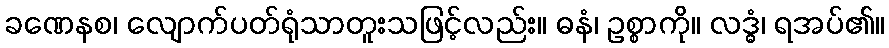
ခဏေနစ၊ လျောက်ပတ်ရုံသာတူးသဖြင့်လည်း။ ဓနံ၊ ဥစ္စာကို။ လဒ္ဓံ၊ ရအပ်၏။